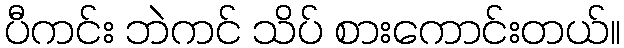
ပီကင်း ဘဲကင် သိပ် စားကောင်းတယ်။